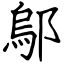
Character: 鄔